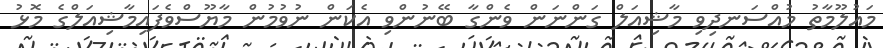
މައުލޫމާތު މުއްސަނދިވި މާޝިއަލް ގަންނަން ވެންގާ ބޭނުންވި އެކަން ނުވުމުން މާޔޫސްވެފައިމާޝިއަލްގެ މޮޅު